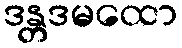
ဒန္တဒမထော